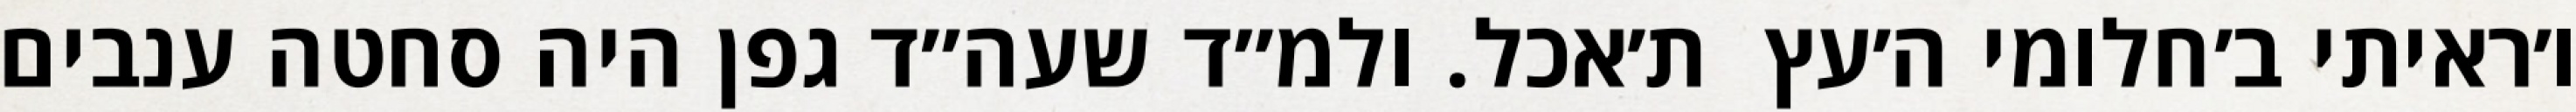
ו׳ראיתי ב׳חלומי ה׳עץ  ת׳אכל. ולמ״ד שעה״ד גפן היה סחטה ענבים